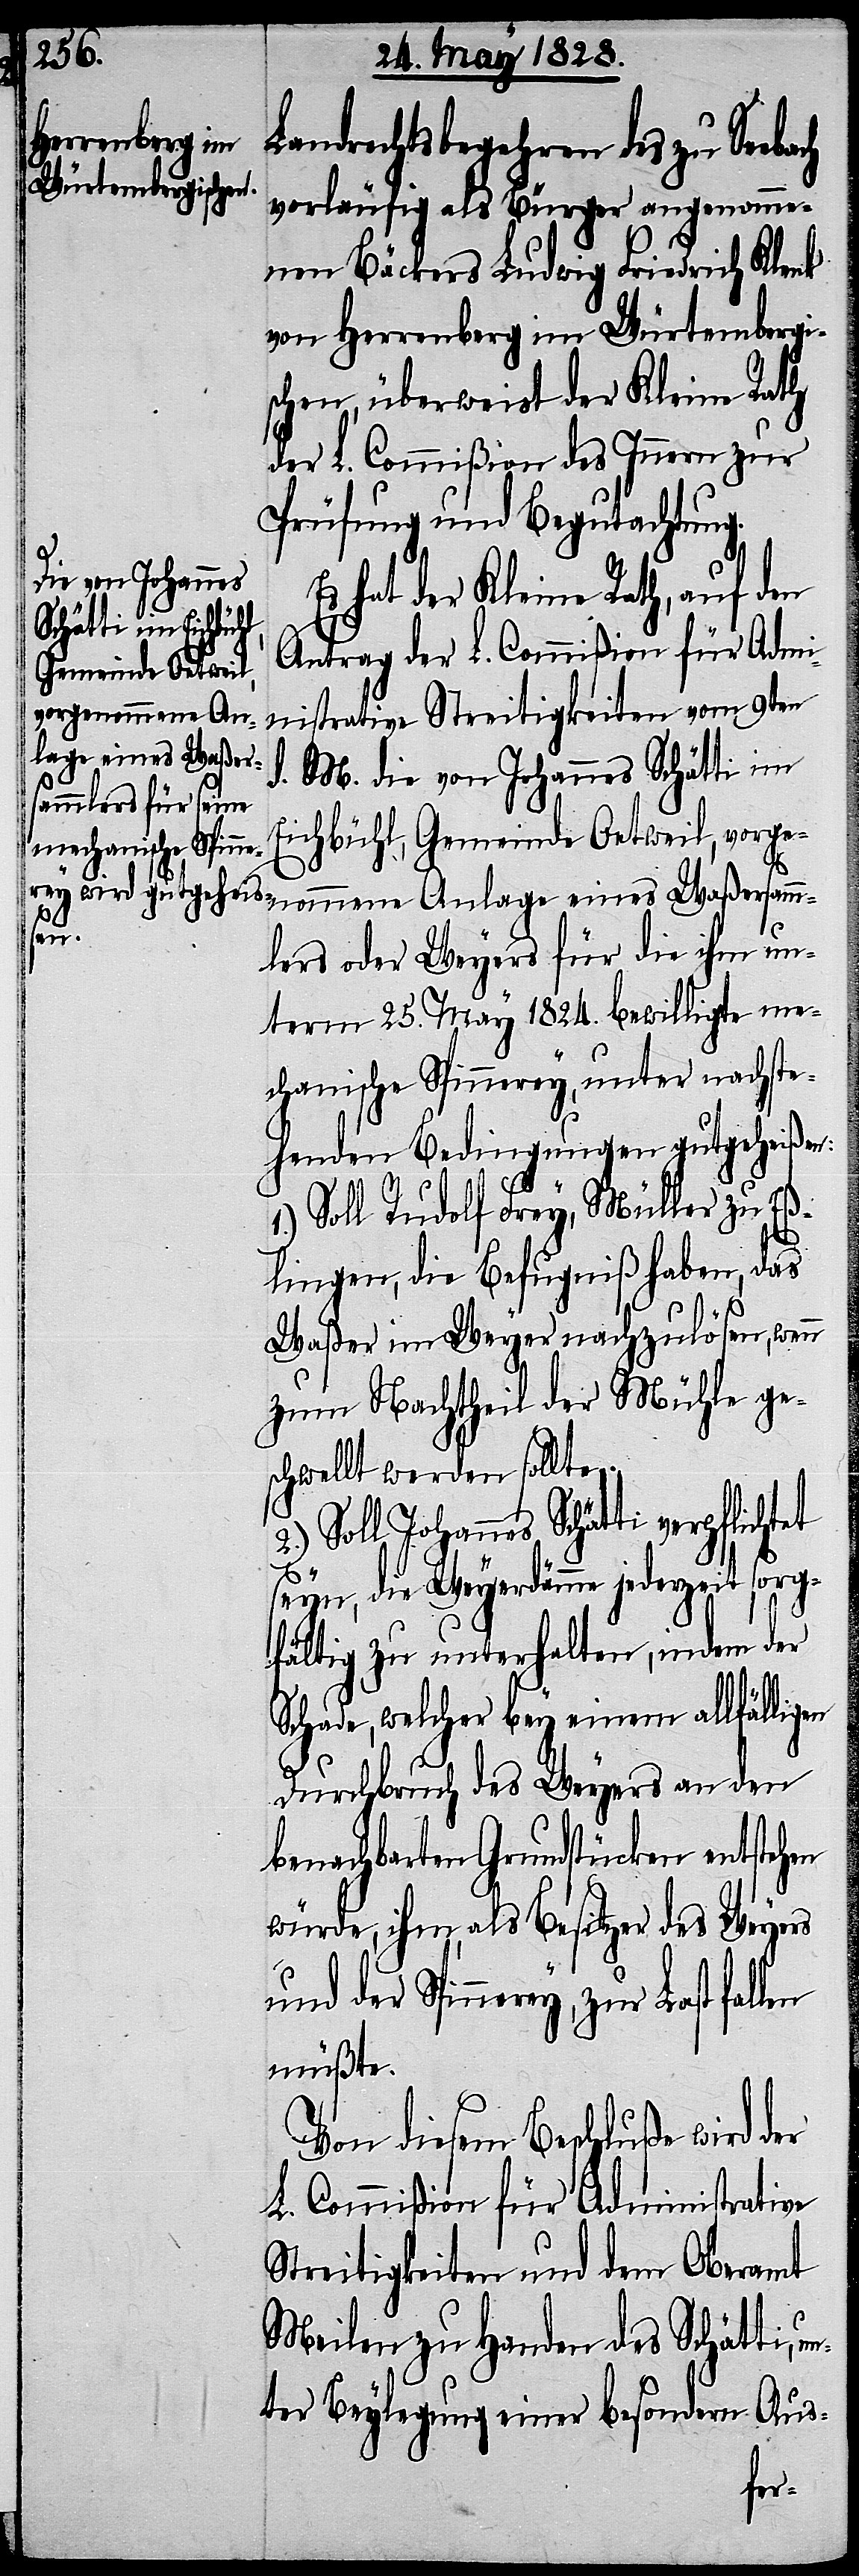
un¬

Landrechtsbegehren des zu See¬
vorläufig als Bürger angenomme¬
nen Bäckers Ludwig Friedrich Klenk
von Herrenberg im Würtembergi¬
schen, überweist der Kleine Rath
der L. Commißion des Innern zur
Prüfung und Begutachtung.
Es hat der Kleine Rath, auf den
Antrag der L. Commißion für Admi¬
nistrative Streitigkeiten vom 9ten
d. M. die von Johannes Schätti im
Eichbühl, Gemeinde Oetweil, vorge¬
nommene Anlage eines Waßersamm¬
lers oder Weyers für die ihm un¬
term 25. May 1824. bewilligte me¬
chanische Spinnerey, unter nachste¬
henden Bedingungen gutgeheißen:
1.) Soll Rudolf Frey, Müller zu Eß¬
et
lingen, die Befugniß haben, das
Waßer im Weyer nachzulösen, wenn
zum Nachtheil der Mühle ges¬
chwellt werden sollte.
2.) Soll Johannes Schätti verpflicht¬
seyn, die Weyerdämme jederzeit
fältig zu unterhalten, indem der
Schade, welcher bey einem allfälligen
Durchbruch des Weyers an den
benachbarten Grundstücken entstehen
würde, ihm, als Besitzer des Weyers
und der Spinnerey, zur Last
müßte.
Von diesem Beschluße wird der
L. Commißion für Administrative
Streitigkeiten und dem Oberamt
Meilen zu Handen des Schätti,
ter Beylegung einer besondern Aus-